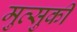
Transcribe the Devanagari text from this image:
मुत्सुकी